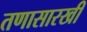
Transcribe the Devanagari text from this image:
तणासारखी